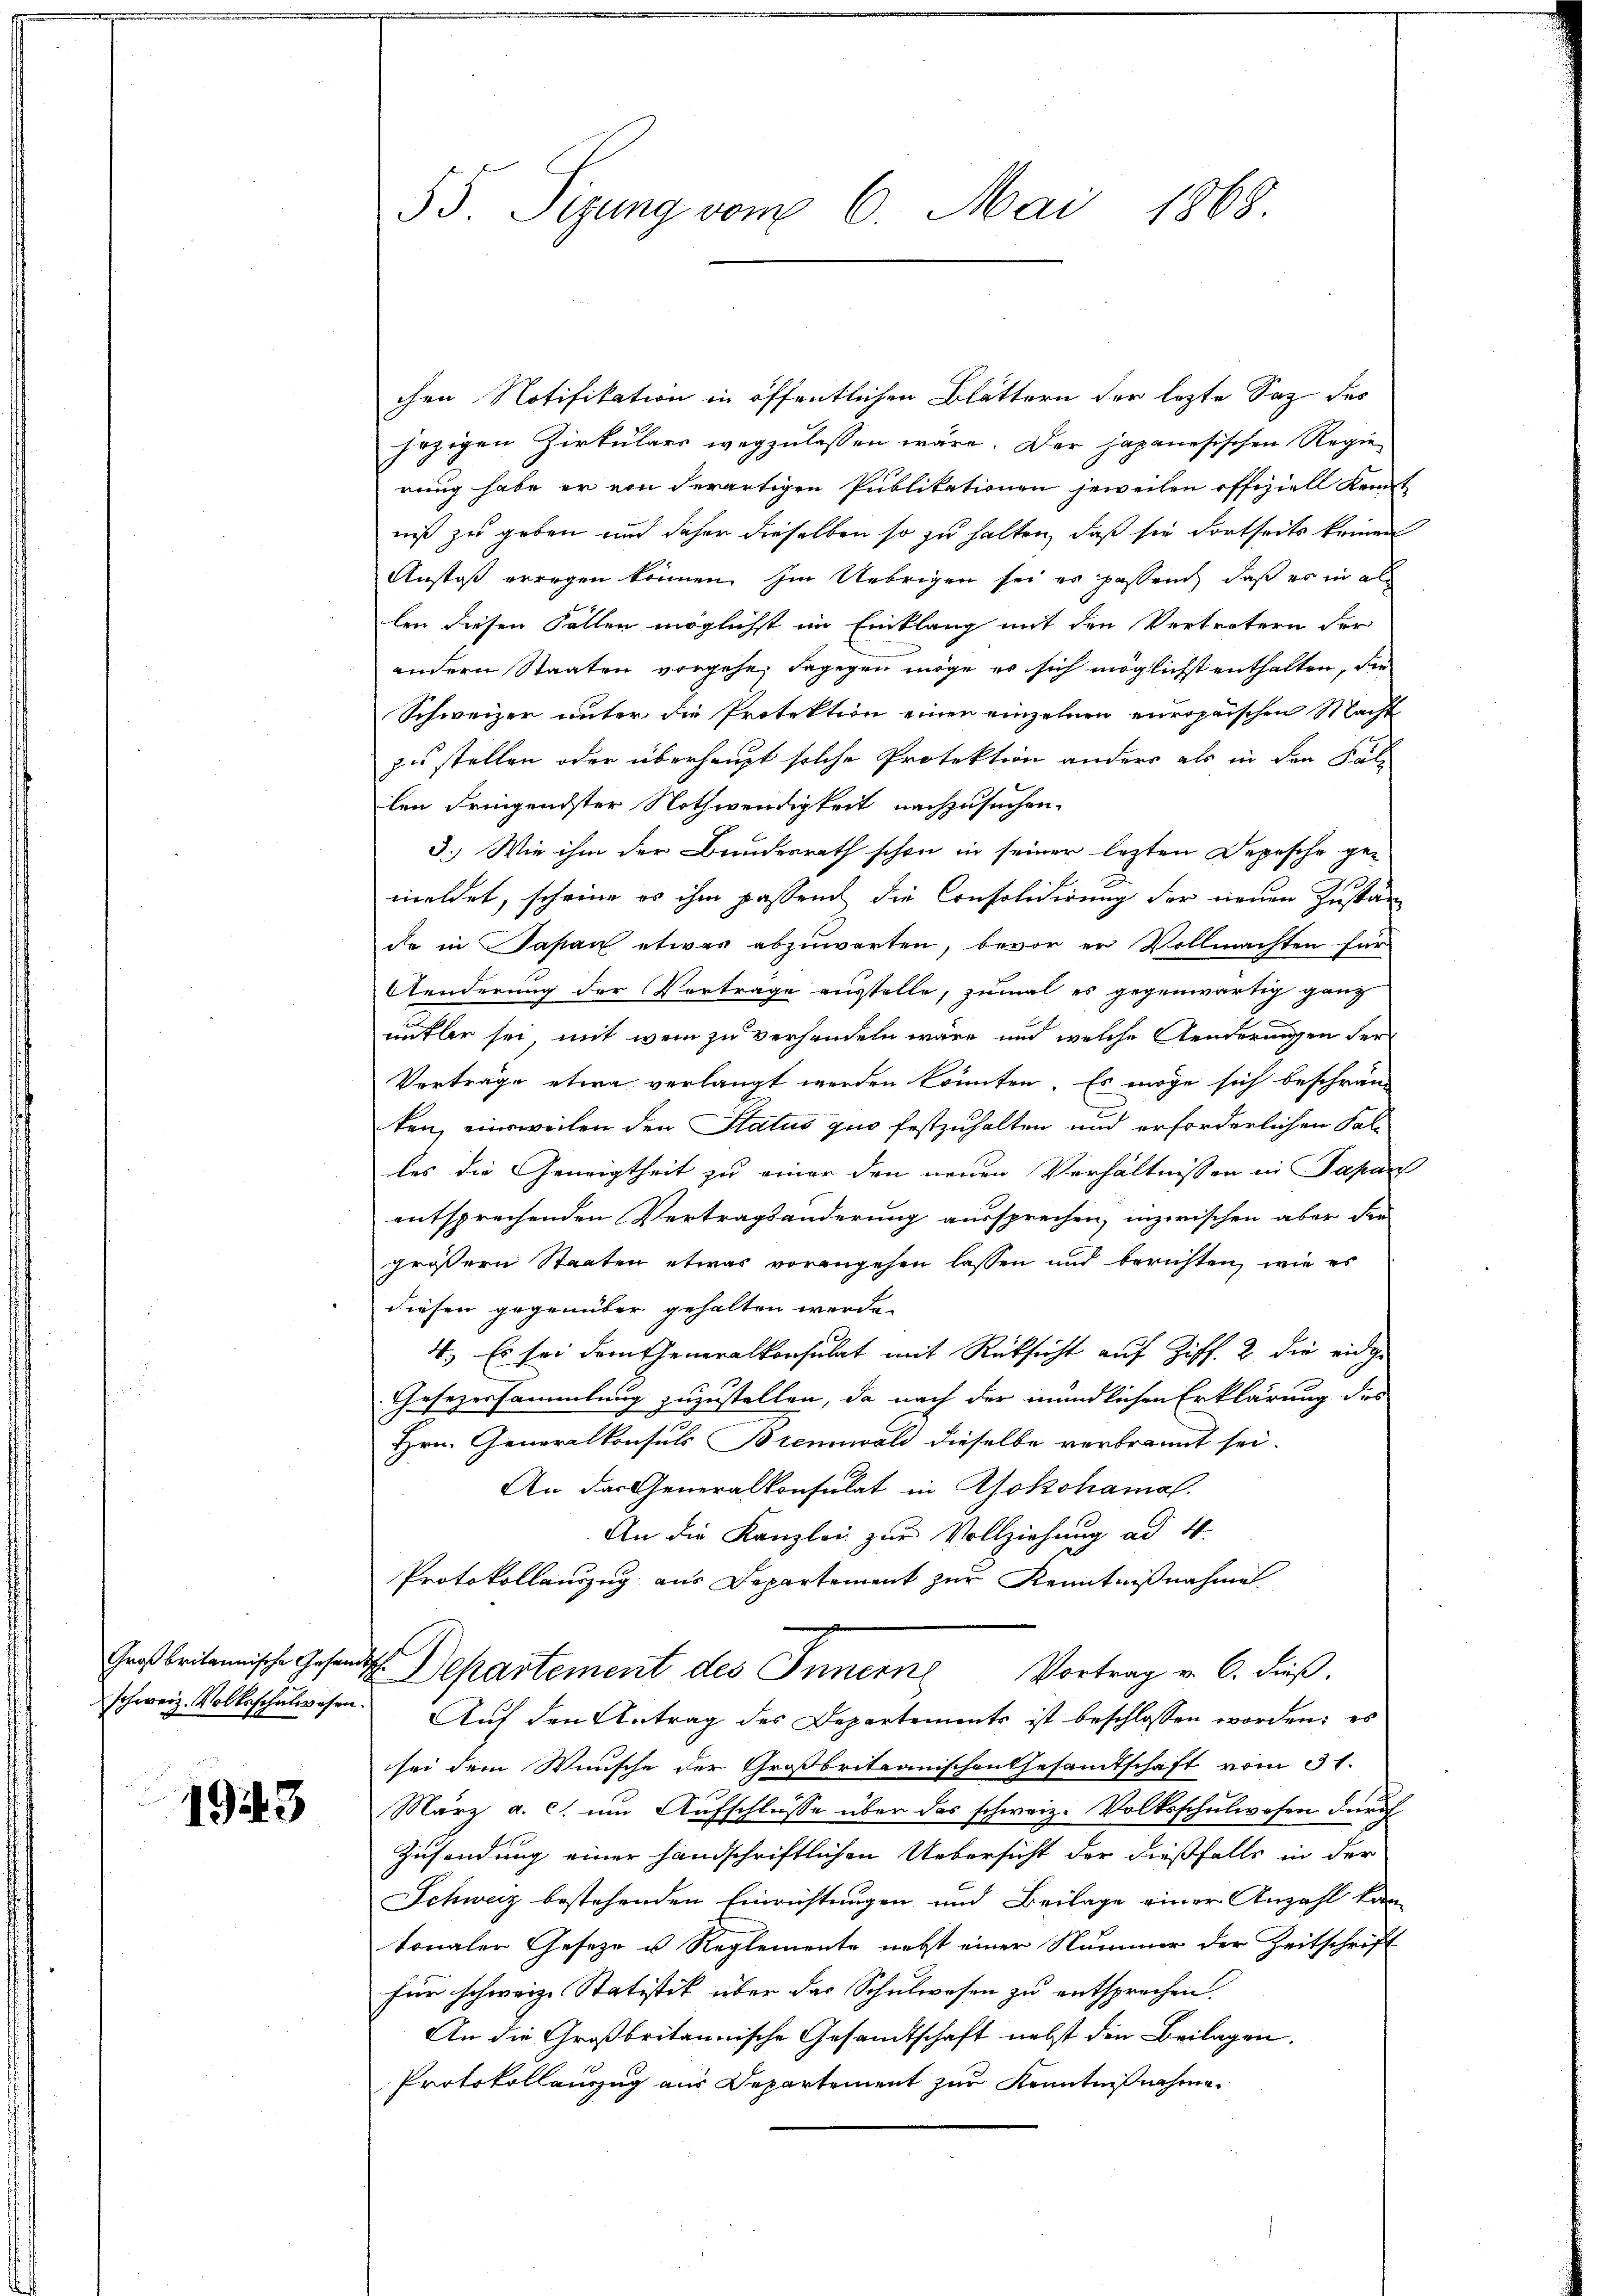
1943

55. Sizung vom 6. Mai 1868.

chen Notifikation in öffentlichen Blättern der lezte Saz des
jezigen Zirkulars wegzulassen wäre. Der japanesischen Regie-
rung habe er von derartigen Publikationen jeweilen offiziell konnt
niß zu geben und daher dieselben so zu halten, daß sie dortseits keinen
Anstoß erregen können. Im Uebrigen sei er passen, daß er in al
len diesen Fallen möglichst im Einklang mit den Vertretern der
andern Staaten vorgehe, dagegen möge es sich möglichst enthalten, die
Schweizer unter die Protektion einen einzelnen europaischen Macht
zu stellen oder überhaupt solche Protektion anders als in den Fal-
len dringendster Nothwendigkeit nachzusuchen.
3.) Wie ihm der Bundesrath schon in seiner lezten Depesche ge-
meldet, scheine es ihm passend die Consolidirung der neuen Zustan
de in Japan etwas abzuwarten, bevor er Vollmachten für
Aenderung der Vertrage ausstelle, zumal es gegenwärtig ganz
nütler sei, mit wem zu verhandeln wäre, und welche enderungen der
Verträge etwa verlangt werden könnten. Es möge sich beschrän-
ken, einweilen den Status quo festzuhalten und erforderlichen Falles die Geneigtheit zu einer den neuen Verhältnissen in Japan
entsprechenden Vertragsänderung aussprechen, inzwischen aber die
größern Staaten etwas vorangehen lassen und berichten, wie es
diesen gegenüber gehalten werde.
4. Es sei dem Generalkonsulat mit Rücksicht auf Ziff. 2 die eidge
Gesezessammlung zuzustellen, da nach der mündlichen Erklärung des
Hrn. Generalkonsuls Brennwald dieselbe verbrannt sei.
An der Generalkonsulat in Yokohamal
An die Kanzlei zur Vollziehung ad 4.
Protokollauszug aus Departement zur Kenntnißnahme
i
Großbritannische Gesandtsch. Departement des Innern Vortrag v. 6. dieβ.
schweiz. Volksschulwesen. Auf den Antrag des Departements ist beschlossen worden: es
sei dem Wunsche der Großbritanischen Gesamtschaft vom 31.
März a. c. um Aufschlüsse über das schweiz. Volksschulwesen durch
Zusendung einer handschriftlichen Uebersicht der dießfalls in der
Schweiz bestehenden Einrichtungen und Beilage einer Anzahl kan
tonaler Geseze u Reglemente nebst einer Nummer der Zeitschrift
für schweiz. Statistik über das Schulwesen zu entsprochen.
An die Großbritannische Gesandtschaft nebst den Beilagen.
Protokollanzug aus Departement zur Kenntnißnahme